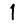
Digit: 1